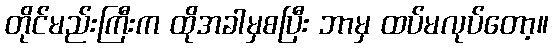
တိုင်မည်းကြီးက ထိုအခါမှစပြီး ဘာမှ ထပ်မလုပ်တော့။